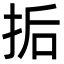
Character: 㧨